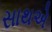
સાથએ